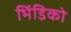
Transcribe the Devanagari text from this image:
भिंडिको